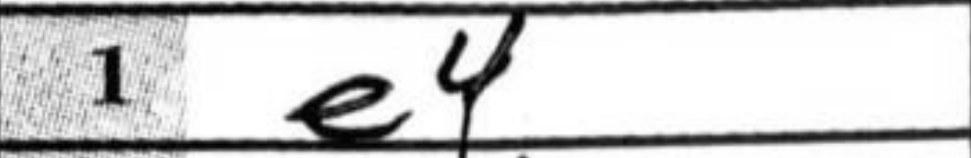
Transcription: e4